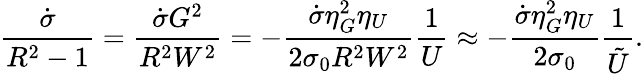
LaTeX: \frac{\dot{\sigma}}{R^{2}-1}=\frac{\dot{\sigma}G^{2}}{R^{2}W^{2}}=-\frac{\dot{\sigma}\eta_{G}^{2}\eta_{U}}{2\sigma_{0}R^{2}W^{2}}\frac{1}{U}\approx-\frac{\dot{\sigma}\eta_{G}^{2}\eta_{U}}{2\sigma_{0}}\frac{1}{\tilde{U}}.